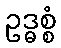
ဥဒ္ဓစ္စံ